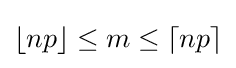
\lfloor np\rfloor \leq m\leq \lceil np\rceil